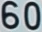
60